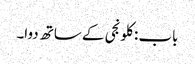
باب : کلونجی کے ساتھ دوا۔